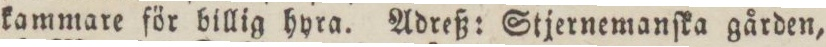
kammare för billig hyra. Adreß: Stjernemanſka gården,